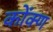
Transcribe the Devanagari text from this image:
कोंक्ण